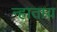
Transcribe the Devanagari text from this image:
न्हाताय